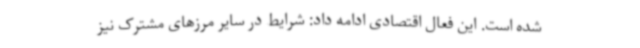
شده است. این فعال اقتصادی ادامه داد: شرایط در سایر مرزهای مشترک نیز